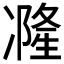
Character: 𠘓